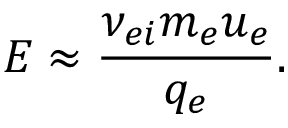
E \approx \frac { \nu _ { e i } m _ { e } u _ { e } } { q _ { e } } .